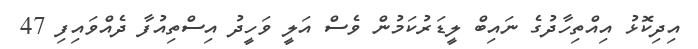
އިދިކޮޅު އިއްތިހާދުގެ ނައިބް ލީޑަރުކަމުން ވެސް އަލީ ވަހީދު އިސްތިއުފާ ދެއްވައިފި 47